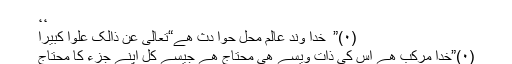
،،
(۰)” ْ خدا وند عالم محل حوا دث ھے“تعالیٰ عن ذالک علوا کبیرا
(۰)”خدا مرکب ھے اس کی ذات ویسے ھی محتاج ھے جیسے کل اپنے جزء کا محتاج